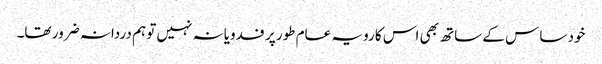
خود ساس کے ساتھ بھی اس کا رویہ عام طور پر فدویانہ نہیں تو ہم دردانہ ضرور تھا۔